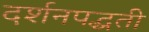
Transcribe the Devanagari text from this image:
दर्शनपद्धती